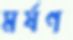
মর্ষণ